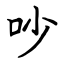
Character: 吵